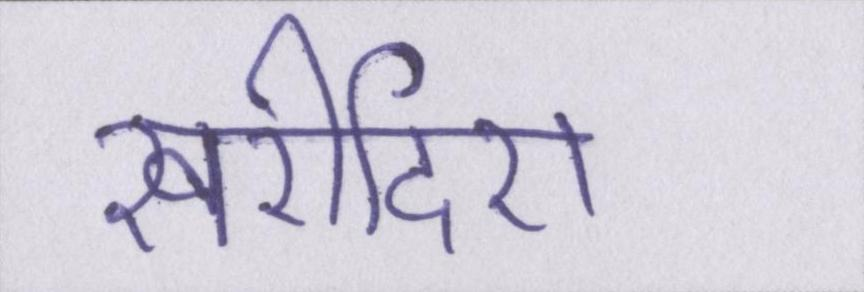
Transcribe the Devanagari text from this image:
खरीदिए